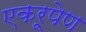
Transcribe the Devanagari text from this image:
एकरूपेण